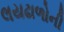
લયઢાળોની